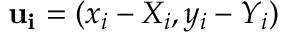
\mathbf { u _ { i } } = ( x _ { i } - X _ { i } , y _ { i } - Y _ { i } )